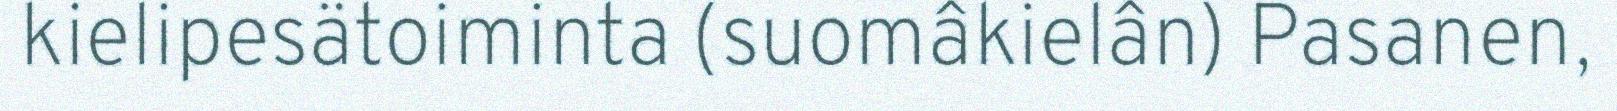
kielipesätoiminta (suomâkielân) Pasanen,